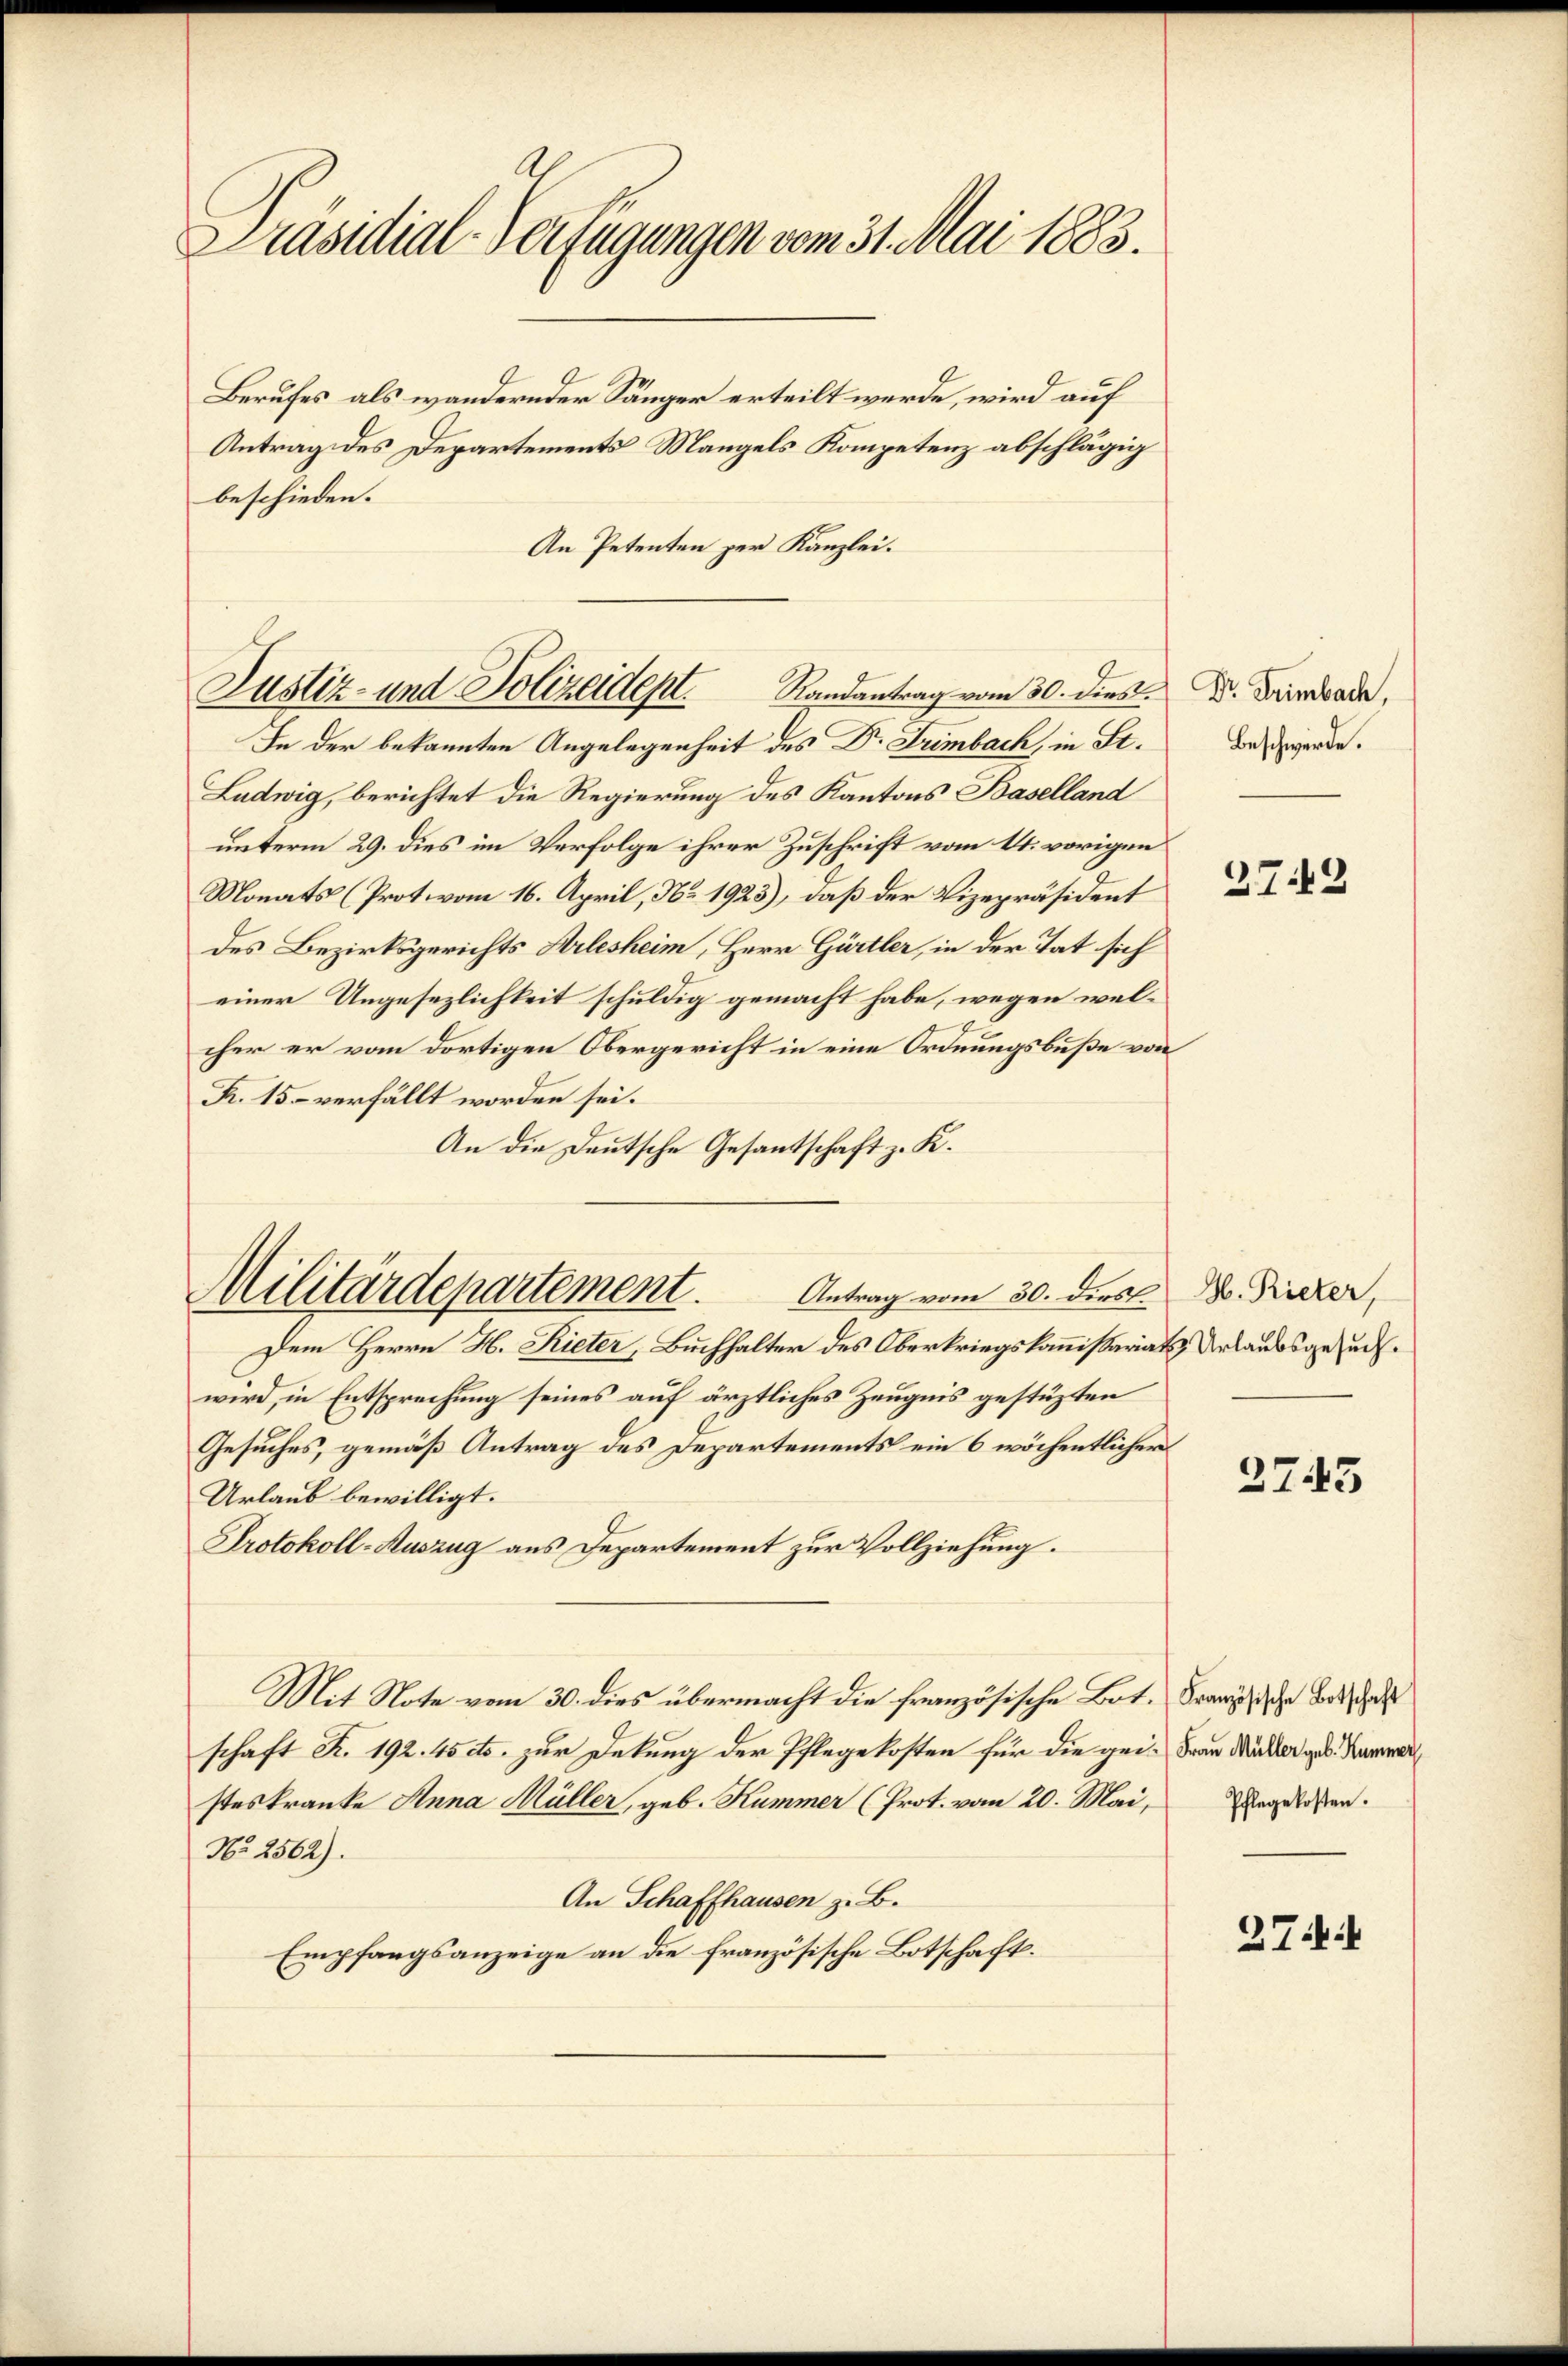
Präsidial-Verfügungen vom 31. Mai 1883.
Berufes als wandernder Sänger erteilt werde, wird auf
Antrag des Departements Mangels Kompetenz abschlägig

beschieden.
In der bekannten Angelegenheit des Dr. Trimbach, in St.
Ludwig, berichtet die Regierung des Kantons Baselland
unterm 29. dies im Verfolge ihrer Zuschrift vom 11. vorigen
Monats (Prot. vom 16. April, No. 1923), daß der Vizepräsident
des Bezirksgerichts Arlesheim, Herr Gärtler, in der Tat sich
einer Ungesezlichkeit schuldig gemacht habe, wegen welcher er vom dortigen Obergericht in eine Ordnungsbuße von
Fr. 15 – verfällt worden sei.
An die Deutsche Gesantschaft z. K.
Militärdepartement. Antrag vom 30. dies A. Ricker,
Dem Herrn H. Rieter, Buchhalter des Oberkriegskommißariats Urlaubsgesuchwird, in Entsprechung seines auf ärztliches Zeugnis gestüzten
Gesuches, gemäß Antrag des Departements ein 6 wöchentlicher
Urlaub bewilligt.
Protokoll-Auszug aus Departement zur Vollziehung.
Mit Note vom 30. dies übermacht die französische Bot. Franzische Bot, das
schaft Fr. 192. 45 cts. zur Dekung der Pflegekosten für die gei- Frau Mutter geb. Kammer
steskranke Anna Müller, geb. Kummer (Prot. vom 20. Mai,
No. 2562).
An Schaffhausen z. B.
Empfangsanzeige an die französische Botschaft.

An Petenten per Kanzlei.
Justiz- und Polizeident. Randantrag vom 30. dies. Dr. Drindrade,

Beschwerde.

3749

2745

Pflegekosten.

274